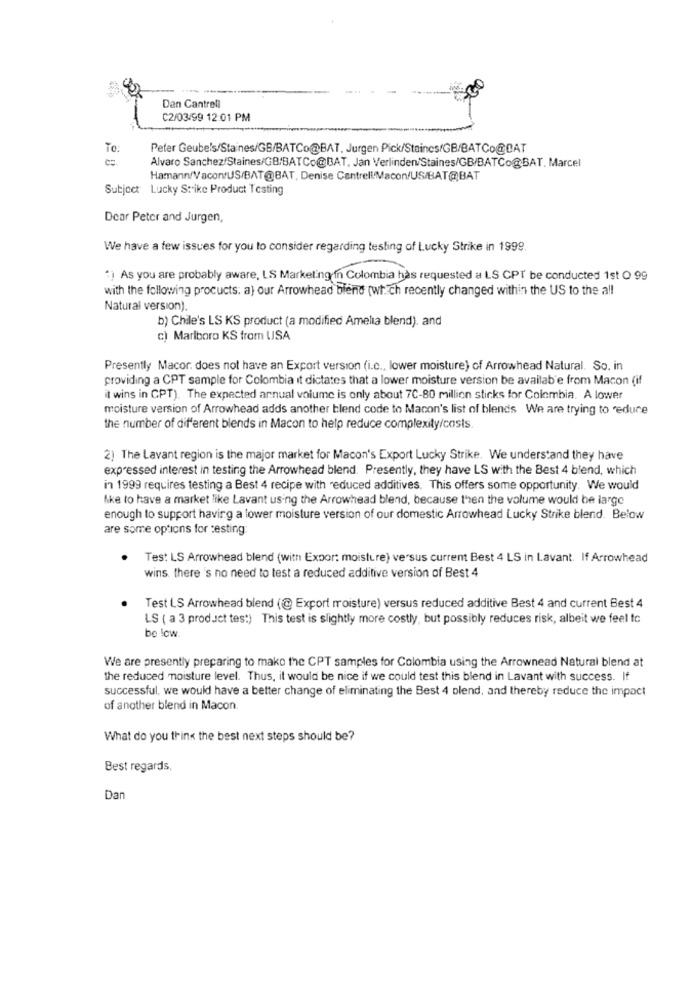
00
Dan Cantrell
C2/03/99 12:01 PM
To:
Peter Geubels/Staines/GB/BATCo@BAT, Jurgen Pick/Staincs/GB/BATCo@CAT
Alvaro Sanchez/Staines/GB/BATCo@BAT. Jan Verlinden/Staines/GB/BATCo@BAT. Marcel
Hamann/VacontuS/BAT@BAT, Denise Cantrell/Macon/US/BAT@BAT
Subject Lucky Strike Product Testing
Dear Peter and Jurgen,
We have a few issues for you to consider regarding testing of Lucky Strike in 1999.
") As you are probably aware, LS Marketing in Colombia has requested a LS CPT be conducted 1st Q 99
with the following procucts: a) our Arrowhead blend (which recently changed within the US to the all
Natural version).
b) Chile's LS KS product (a modified Amelia blend). and
c) Marlboro KS from USA
Presently Macor. does not have an Export version (i.c ., lower moisture) of Arrowhead Natural. So. in
providing a CPT sample for Colombia it dictates that a lower moisture version be available from Macon (if
it wins in CPT). The expected annual volume is only about 7C-80 million stinks for Colombia. A lower
moisture version of Arrowhead adds another blend code to Macon's list of blends We are trying to reduce
the number of different blends in Macon to help reduce complexity/costs
2) The Lavant region is the major market for Macon's Export Lucky Strike. We understand they have
expressed interest in testing the Arrowhead blend. Presently, they have LS with the Best 4 blend, which
in 1999 requires testing a Best 4 recipe with reduced additives. This offers some opportunity. We would
Ake to have a market like Lavant using the Arrowhead blend, because then the volume would be large
enough to support having a lower moisture version of our domestic Arrowhead Lucky Strike blend. Below
are some options for testing:
Tes: LS Arrowhead blend (with Expor: moisture) versus current Best 4 LS in Lavant. If Arrowhead
wins. there's no need to test a reduced additive version of Best 4
Test LS Arrowhead blend (@ Export moisture) versus reduced additive Best 4 and current Best 4
LS ( a 3 product tes:) This test is slightly more costly, but possibly reduces risk, albeit we feel tc
be low.
We are presently preparing to make the CPT samples for Colombia using the Arrownead Natural blend at
the reduced moisture level. Thus, it would be nice if we could test this blend in Lavant with success. If
successful, we would have a better change of eliminating the Best 4 blend, and thereby reduce the impact
of another blend in Macon.
What do you think the best next steps should be?
Best regards,
Dar